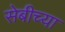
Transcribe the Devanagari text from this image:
सेबीच्या